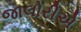
જાલોરીએ